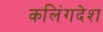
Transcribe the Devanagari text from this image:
कलिंगदेश